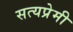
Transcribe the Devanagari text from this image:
सत्यप्रेमी